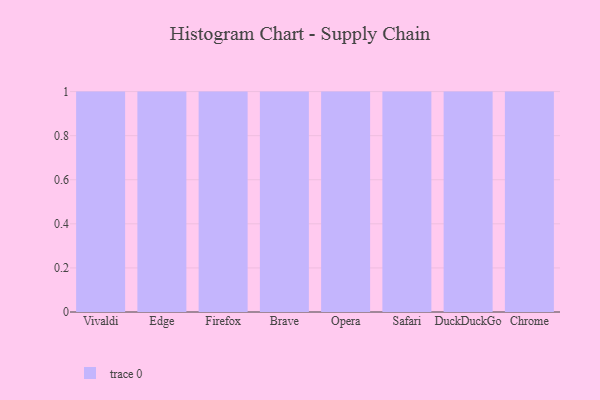
{"axis": {"x": "Browser", "y": "Humidity (%)"}, "legend": [""], "data": [{"x": "Vivaldi", "y": 9, "type": ""}, {"x": "Edge", "y": 73, "type": ""}, {"x": "Firefox", "y": 40, "type": ""}, {"x": "Brave", "y": 43, "type": ""}, {"x": "Opera", "y": 38, "type": ""}, {"x": "Safari", "y": 87, "type": ""}, {"x": "DuckDuckGo", "y": 73, "type": ""}, {"x": "Chrome", "y": 99, "type": ""}]}